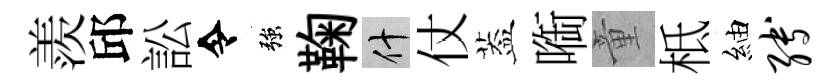
羨邱訟令強鞠什仗葢㗸童柢紬缚